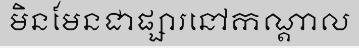
មិនមែនជាផ្សារនៅកណ្តាល